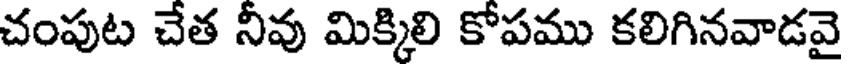
చంపుట చేత నీవు మిక్కిలి కోపము కలిగినవాడవై